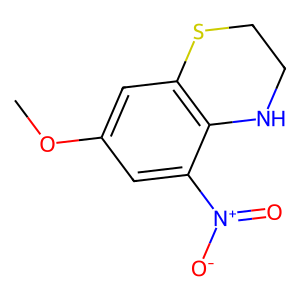
SMILES: COc1cc2c(c([N+](=O)[O-])c1)NCCS2
Inhibits HIV replication: No